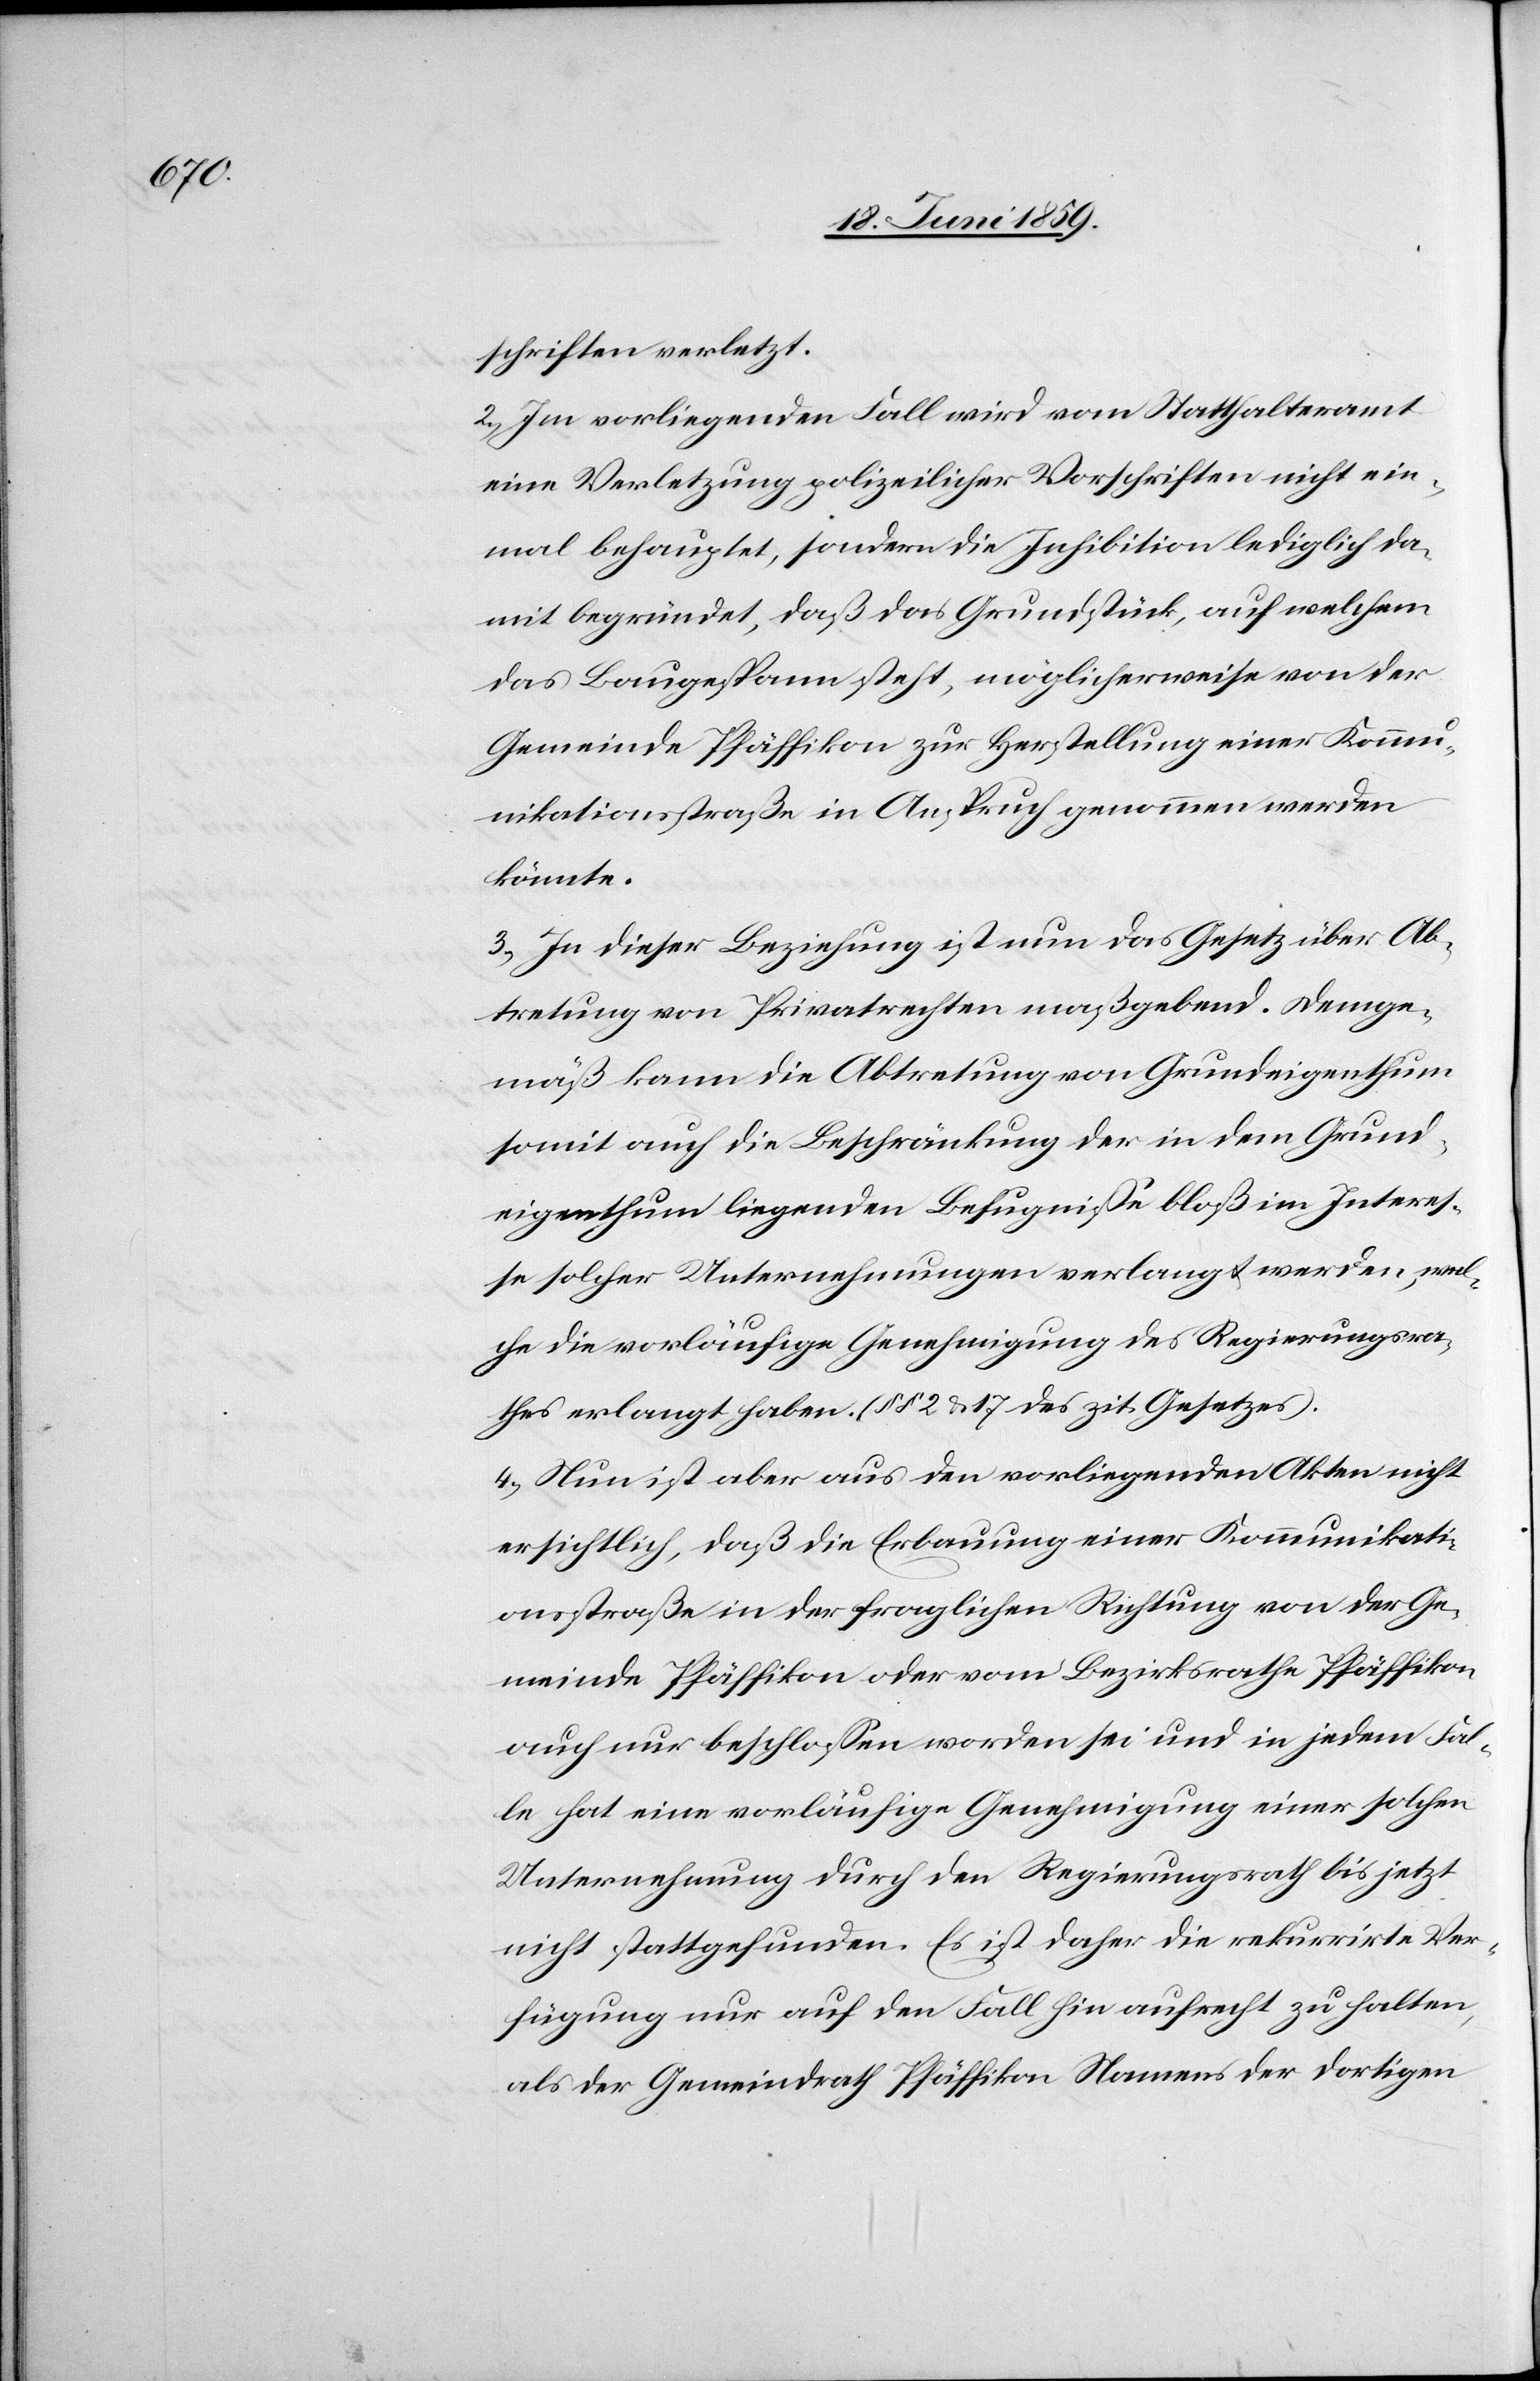
schriften verletzt.
2) Im vorliegenden Fall wird vom Statthalteramt
eine Verletzung polizeilicher Vorschriften nicht ein¬
mal behauptet, sondern die Inhibition lediglich da¬
mit begründet, daß das Grundstück, auf welchem
das Baugespann steht, möglicherweise von der
Gemeinde Pfäffikon zur Herstellung einer Kommu¬
nikationsstraße in Anspruch genommen werden
könnte.
3) In dieser Beziehung ist nun das Gesetz über Ab¬
tretung von Privatrechten maßgebend. Demge¬
mäß kann die Abtretung von Grundeigenthum
somit auch die Beschränkung der in dem Grund¬
eigenthum liegenden Befugnissen bloß im Interes¬
se solcher Unternehmungen verlangt werden, wel¬
che die vorläufige Genehmigung des Regierungsra¬
thes erlangt haben. (§§ 2 & 17 des zit. Gesetzes).
4) Nun ist aber aus den vorliegenden Akten nicht
ersichtlich, daß die Erbauung einer Kommunikati¬
onsstraße in der fraglichen Richtung von der Ge¬
meinde Pfäffikon oder vom Bezirksrathe Pfäffikon
auch nur beschlossen worden sei und in jedem Fal¬
le hat eine vorläufige Genehmigung einer solchen
Unternehmung durch den Regierungsrath bis jetzt
nicht stattgefunden. Es ist daher die rekurrirte Ver¬
fügung nur auf den Fall hin aufrecht zu halten,
als der Gemeindrath Pfäffikon Namens der dortigen